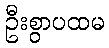
ဦးစွာပထမ